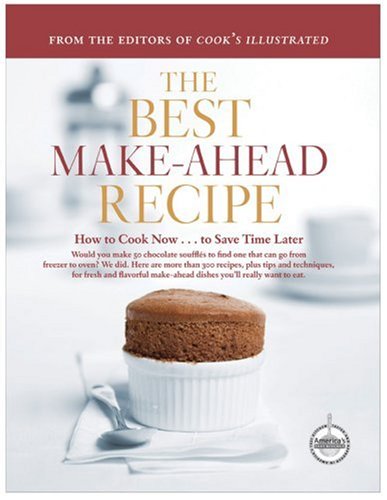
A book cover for The Best Make-Ahead Recipe; Cookbooks, Food & Wine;